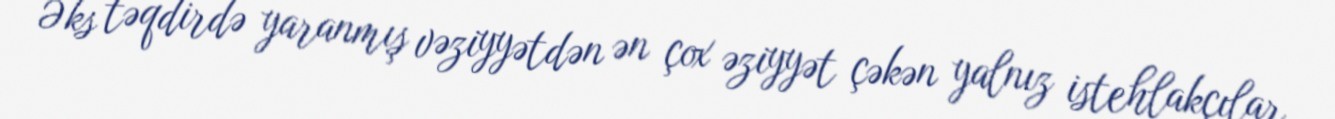
Əks təqdirdə yaranmış vəziyyətdən ən çox əziyyət çəkən yalnız istehlakçılar